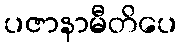
ပဇာနာမီတိပေ